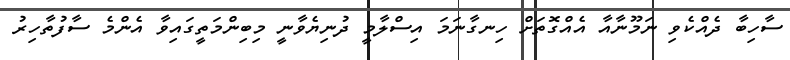
ސާހިބާ ދެއްކެވި ނަމޫނާއާ އެއްގޮތަށް ހިނގާނަމަ އިސްލާމީ ދުނިޔެވާނީ މިބިންމަތީގައިވާ އެންމެ ސާފުތާހިރު